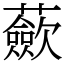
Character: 蘝